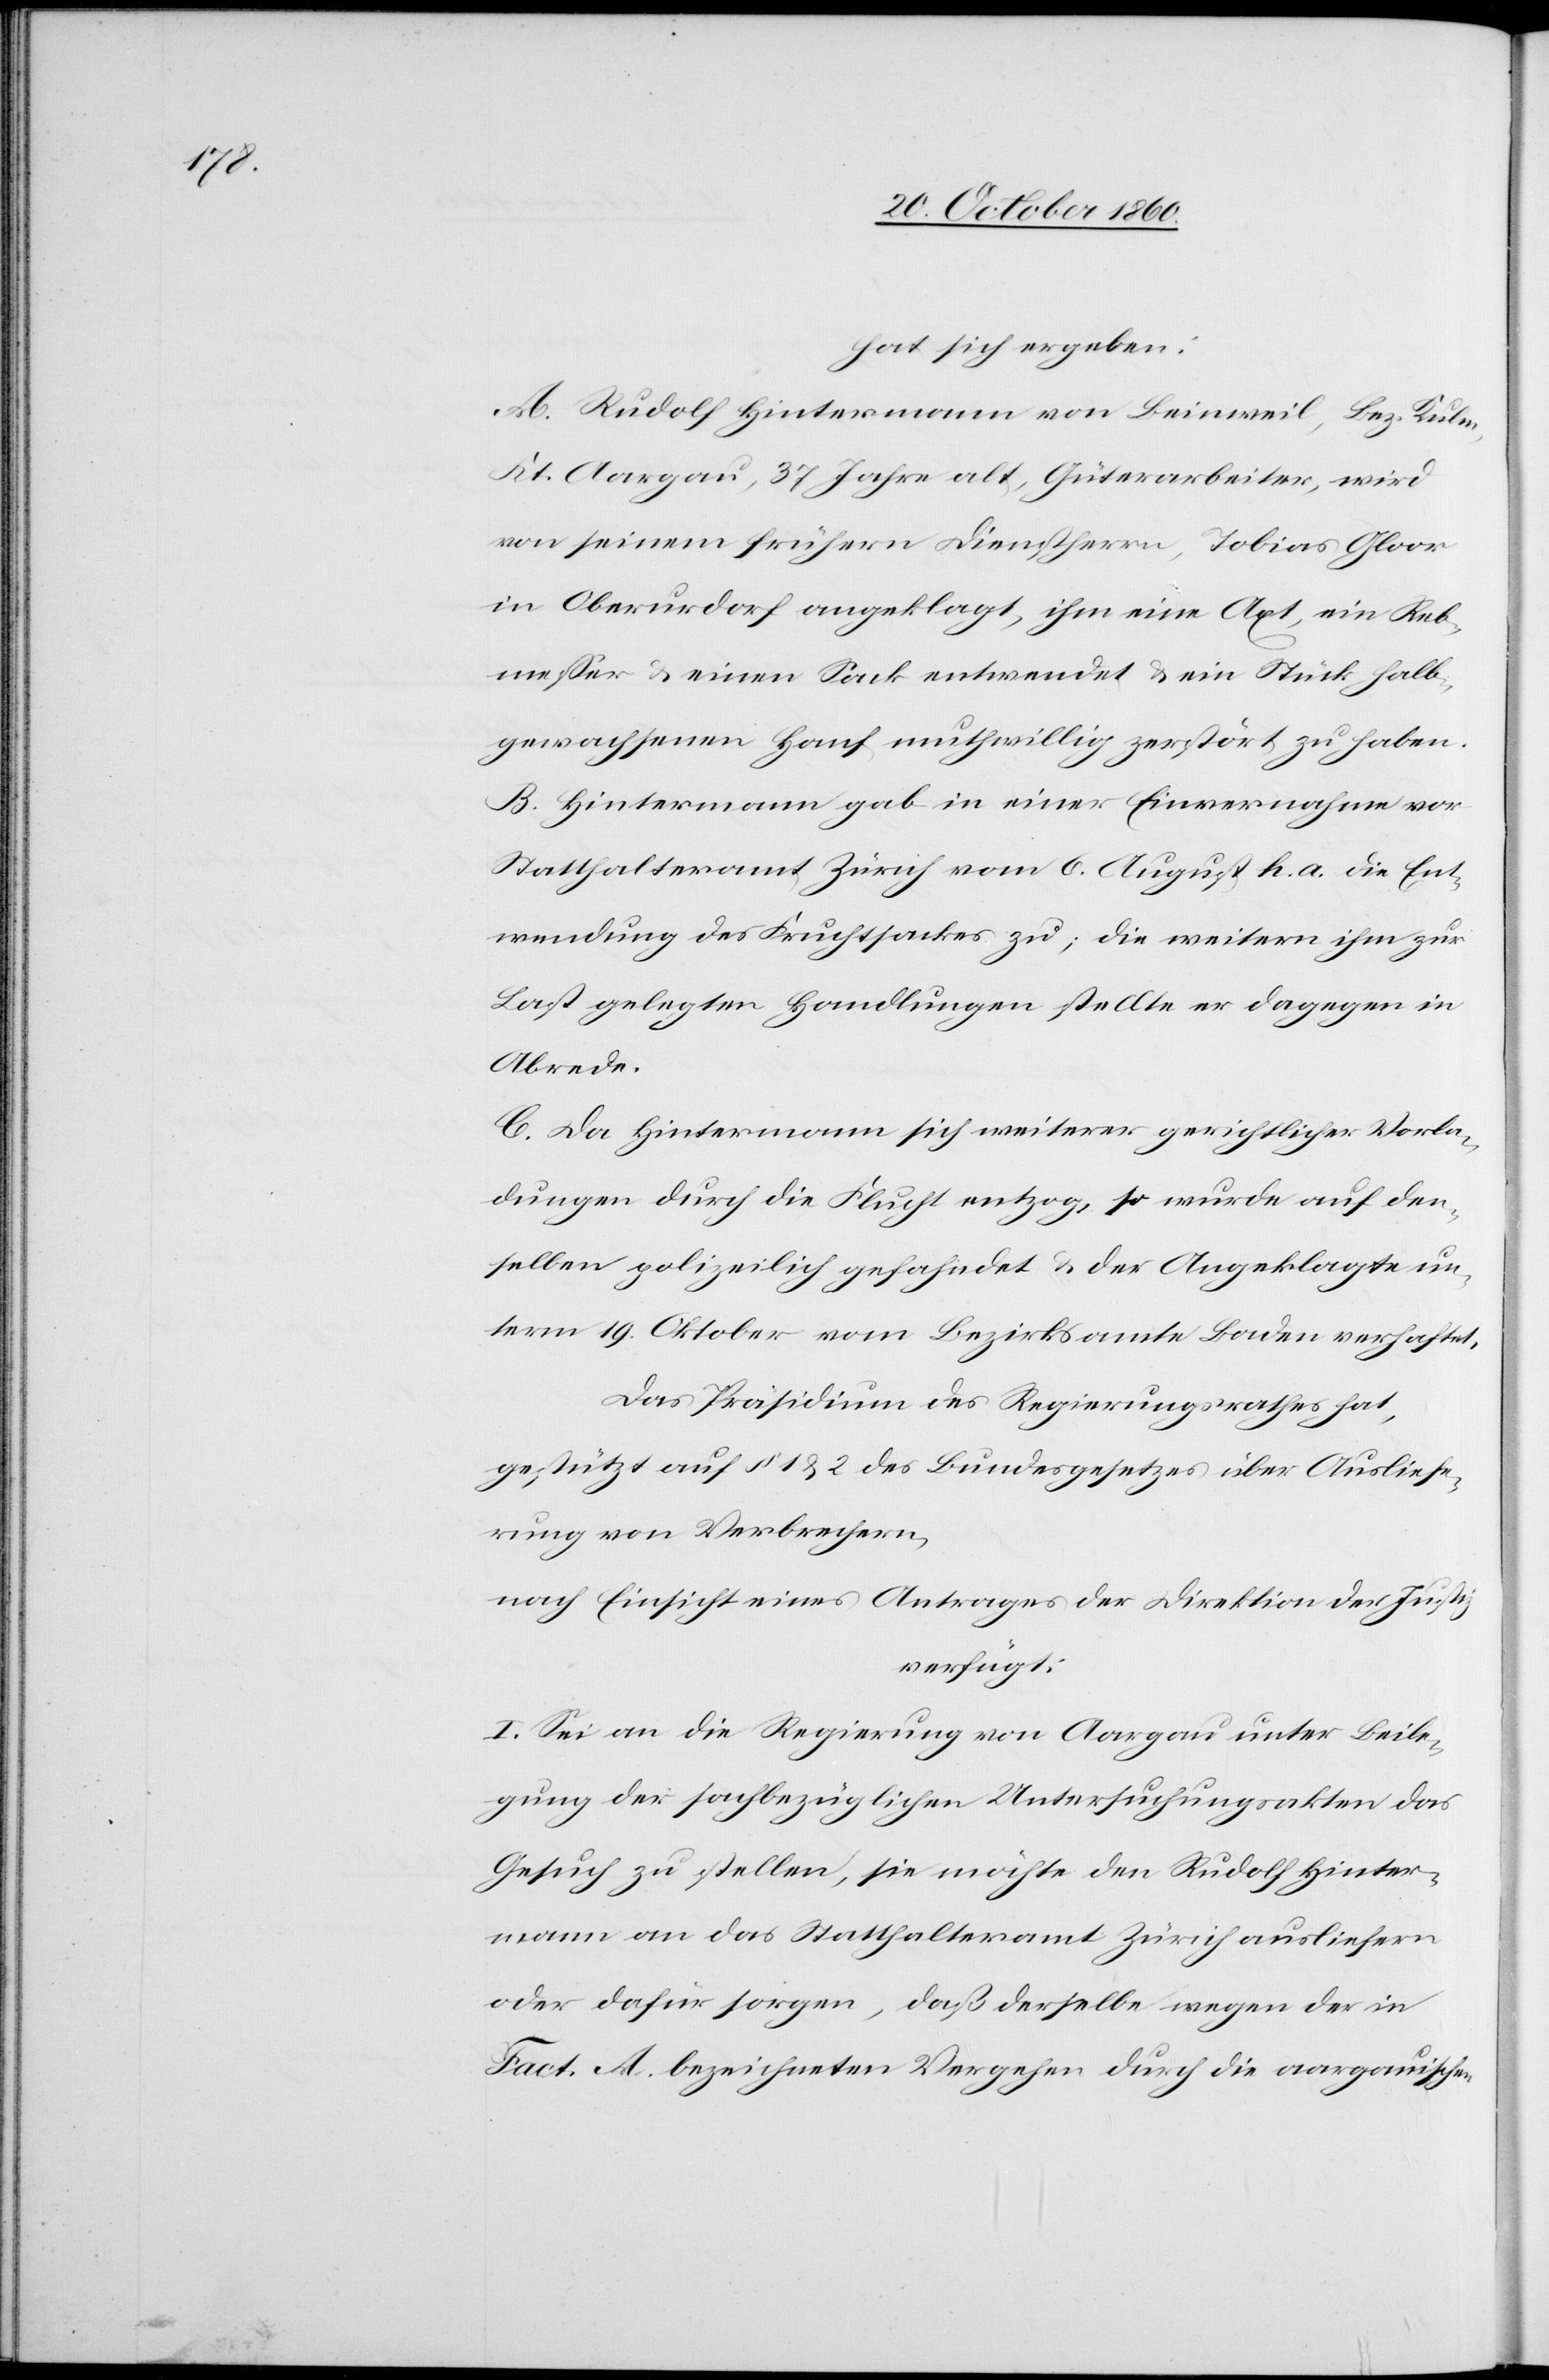
hat sich ergeben:
A. Rudolf Hintermann von Beinweil, Bez. Kulen,
Kt. Aargau, 37 Jahre alt, Güterarbeiter, wird
von seinem frühern Dienstherrn, Tobias Gloor
in Oberurdorf angeklagt, ihm eine Axt, ein Reb¬
messer u. einen Sack entwendet u. ein Stück halb¬
gewachsenen Hanf muthwillig zerstört zu haben.
B. Hintermann gab in einer Einvernahme vor
Statthalteramt Zürich vom 6. August h. a. die Ent¬
wendung des Fruchtsackes zu; die weitern ihm zur
Last gelegten Handlungen stellte er dagegen in
Abrede.
C. Da Hintermann sich weiterer gerichtlicher Vorla¬
dungen durch die Flucht entzog, so wurde auf den¬
selben polizeilich gefahndet u. der Angeklagte un¬
term 19. Oktober vom Bezirksamte Baden verhaftet.
Das Präsidium des Regierungsrath hat,
gestützt auf § 1 u. 2 des Bundesgesetzes über Ausliefe¬
rung von Verbrechern,
nach Einsicht eines Antrages der Direktion der Justiz,
verfügt:
I. Sei an die Regierung von Aargau unter Beile¬
gung der sachbezüglichen Untersuchungsakten das
Gesuch zu stellen, sie möchte den Rudolf Hinter¬
mann an das Statthalteramt Zürich ausliefern
oder dafür sorgen, daß derselbe wegen der in
Fact. A. bezeichneten Vergehen durch die aargauischen